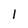
Character: 1